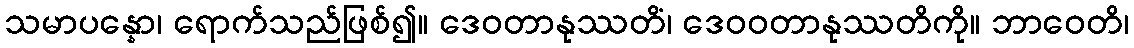
သမာပန္နော၊ ရောက်သည်ဖြစ်၍။ ဒေဝတာနုဿတိံ၊ ဒေဝဝတာနုဿတိကို။ ဘာဝေတိ၊